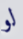
لو